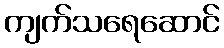
ကျက်သရေဆောင်